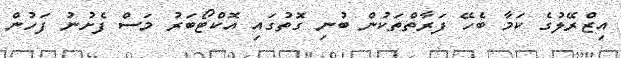
އިޒްރޭލުގެ ކަމާ ބެހޭ ފަރާތްތަކުން ބުނި ގޮތުގައި އޮކްޓޯބަރު މަސް ފެށުނު ފަހުން